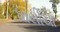
ધાસીયા